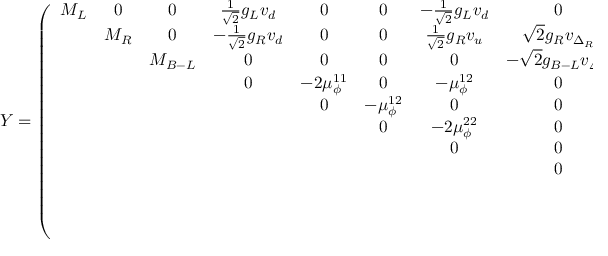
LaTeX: Y = \left( \begin{array} { c c c c c c c c c c c } { { M _ { L } } } & { { 0 } } & { { 0 } } & { { \frac 1 { \sqrt { 2 } } g _ { L } v _ { d } } } & { { 0 } } & { { 0 } } & { { - \frac 1 { \sqrt { 2 } } g _ { L } v _ { d } } } & { { 0 } } & { { 0 } } & { { \frac 1 { \sqrt { 2 } } g _ { L } \sigma _ { L } } } & { { 0 } } \\ { { } } & { { M _ { R } } } & { { 0 } } & { { - \frac 1 { \sqrt { 2 } } g _ { R } v _ { d } } } & { { 0 } } & { { 0 } } & { { \frac 1 { \sqrt { 2 } } g _ { R } v _ { u } } } & { { \sqrt { 2 } g _ { R } v _ { \Delta _ { R } } } } & { { - \sqrt { 2 } g _ { R } v _ { \delta _ { R } } } } & { { 0 } } & { { - \frac 1 { \sqrt { 2 } } g _ { R } \sigma _ { R } } } \\ { { } } & { { } } & { { M _ { B - L } } } & { { 0 } } & { { 0 } } & { { 0 } } & { { 0 } } & { { - \sqrt { 2 } g _ { B - L } v _ { \Delta _ { R } } } } & { { \sqrt { 2 } g _ { B - L } v _ { \delta _ { R } } } } & { { - \frac 1 { \sqrt { 2 } } g _ { B - L } \sigma _ { L } } } & { { \frac 1 { \sqrt { 2 } } g _ { B - L } \sigma _ { R } } } \\ { { } } & { { } } & { { } } & { { 0 } } & { { - 2 \mu _ { \phi } ^ { 1 1 } } } & { { 0 } } & { { - \mu _ { \phi } ^ { 1 2 } } } & { { 0 } } & { { 0 } } & { { 0 } } & { { 0 } } \\ { { } } & { { } } & { { } } & { { } } & { { 0 } } & { { - \mu _ { \phi } ^ { 1 2 } } } & { { 0 } } & { { 0 } } & { { 0 } } & { { \lambda _ { e } \sigma _ { R } } } & { { \lambda _ { e } \sigma _ { L } } } \\ { { } } & { { } } & { { } } & { { } } & { { } } & { { 0 } } & { { - 2 \mu _ { \phi } ^ { 2 2 } } } & { { 0 } } & { { 0 } } & { { 0 } } & { { 0 } } \\ { { } } & { { } } & { { } } & { { } } & { { } } & { { } } & { { 0 } } & { { 0 } } & { { 0 } } & { { \lambda _ { \nu } \sigma _ { R } } } & { { \lambda _ { \nu } \sigma _ { L } } } \\ { { } } & { { } } & { { } } & { { } } & { { } } & { { } } & { { } } & { { 0 } } & { { \mu _ { \Delta R } } } & { { 0 } } & { { - 2 f _ { R } \sigma _ { R } } } \\ { { } } & { { } } & { { } } & { { } } & { { } } & { { } } & { { } } & { { } } & { { 0 } } & { { 0 } } & { { 0 } } \\ { { } } & { { } } & { { } } & { { } } & { { } } & { { } } & { { } } & { { } } & { { } } & { { 0 } } & { { \lambda _ { \nu } v _ { u } } } \\ { { } } & { { } } & { { } } & { { } } & { { } } & { { } } & { { } } & { { } } & { { } } & { { } } & { { - 2 f _ { R } v _ { \Delta _ { R } } } } \end{array} \right) .